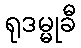
ရုဒမ္မုခီ